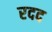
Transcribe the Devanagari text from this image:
रदद